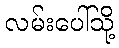
လမ်းပေါ်သို့